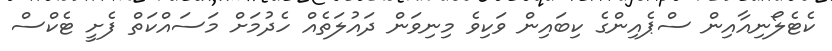
ކެޓެލޯނިއާއިން ސްޕެއިންގެ ކިބައިން ވަކިވެ މިނިވަން ދައުލަތެއް ހެދުމަށް މަސައްކަތް ފެށީ ޓެކްސް